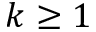
k \geq 1